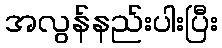
အလွန်နည်းပါးပြီး